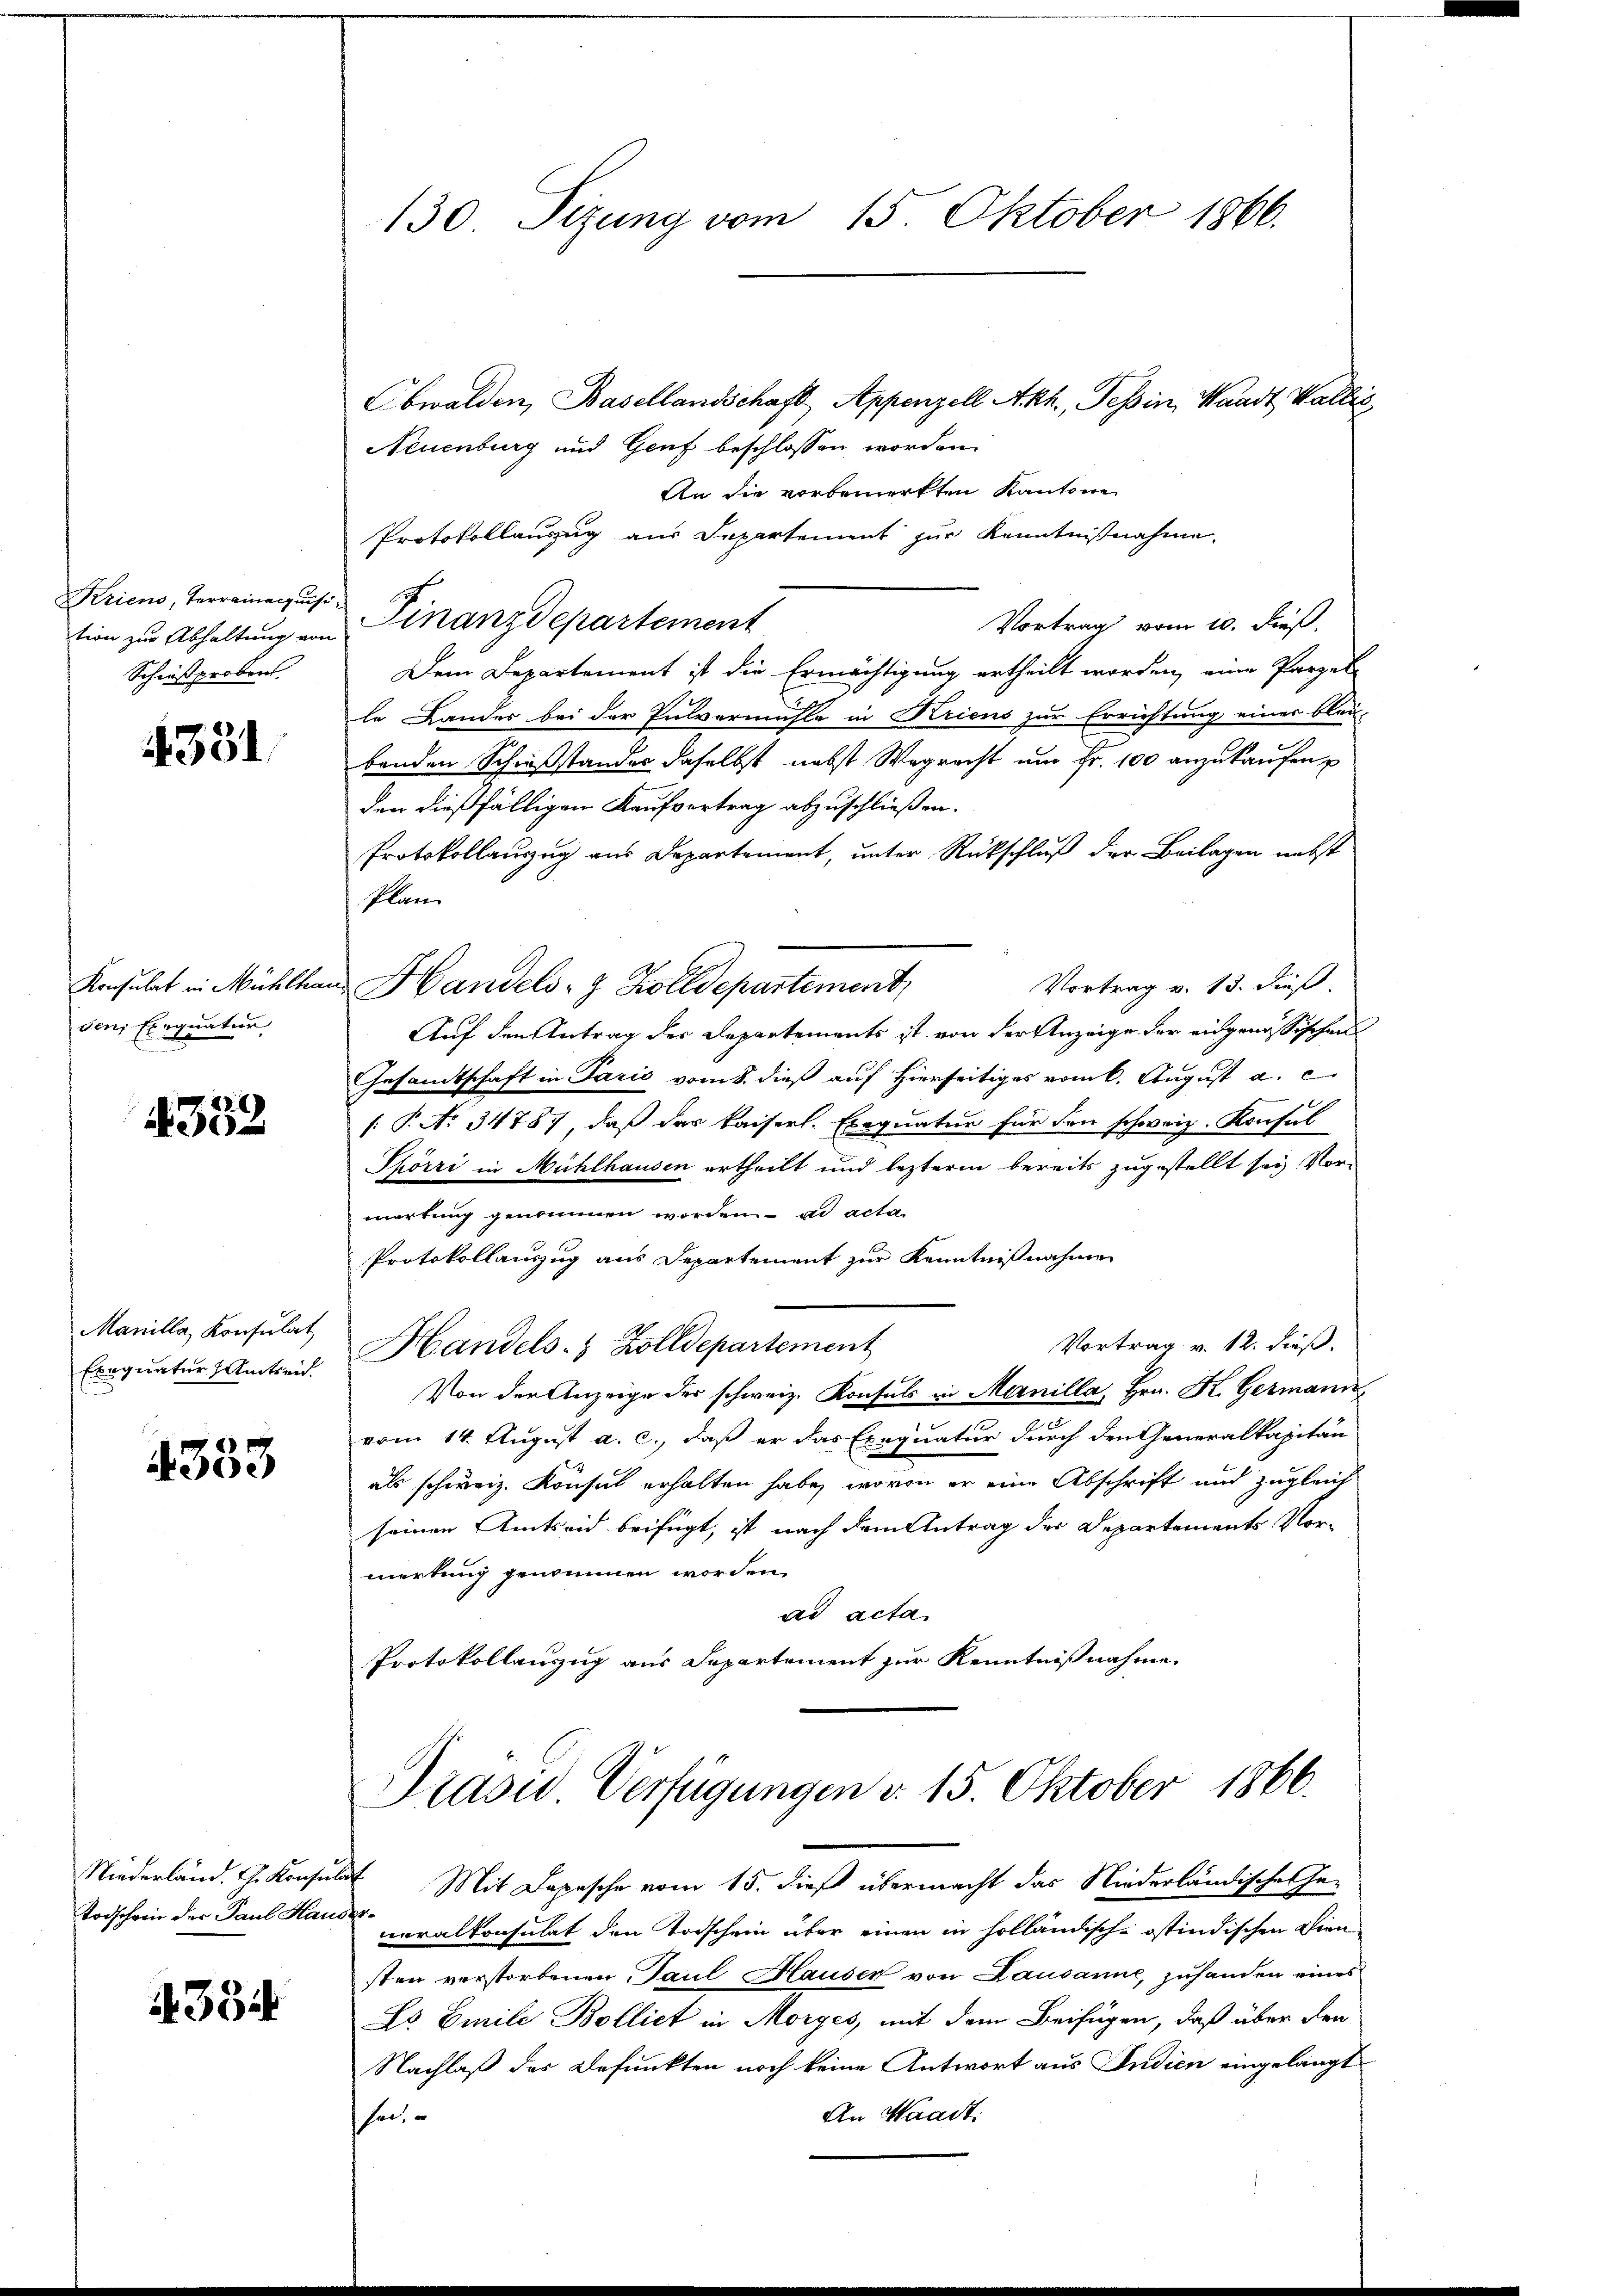
Kriens, Terrainacquisi¬
Schießprobens

331

Konsulat in Mühlha
den Exequatur,

4352

Manilla, Konsulat
Exequatur Amtseid.

4333

Todschein der Paul Hauser¬

4384

130 Sizung vom 15. Oktober 1866.

Obwalden, Basellandschaft, Appenzell Akh., Tessin, Waadt, Wallis,
Neuenburg und Genf beschlossen worden.
An die vorbemerkten Kantone
Protokollauszug aus Departement zur Kenntnißnahme.
Vortrag vom 10. dieß,
Dem Departement ist die Ermächtigung ertheilt worden, eine Parzel
le Landes bei der Pulvermühle in Kriens zur Errichtung einer blei-
benden Schießstandes daselbst nebst Wegrecht um Fr. 100 anzukaufen
den dießfälligen Kaufvertrag abzuschließen.
Protokollauszug aus Departement, unter Rückschluß der Beilagen nebst
Plan
Vortrag v. 13. dieß.
u Handels- & Zolldepartement,
Auf den Antrag des Departements ist von der Anzeige der eidgenössischen
Gesandtschaft in Parić vom 8. dieß auf Hierseitiges vom 6. August a. c.
 P. No 34787, daß der kaiserl. Exequatur für den schweiz. Konsul
Thörri in Mühlhausen ertheilt und lezterm bereits zugestellt sey Vor-
wartung genommen worden ad acta
Protokollauszug aus Departement zur Kenntnißnahme
Vortrag v. 12. dieß.
Handels- & Zolldepartement
Von der Anzeige der schweiz. Konsuls in Manilla, Hrn. K. Germann
vom 14. August a. c., daß er das Exequatur durch den Generalkapitän
als schweiz. Konsul erhalten habe, wovon er eine Abschrift und zugleich
seinen Amtseid beifügt, ist nach dem Antrag der Departements Vormerkung genommen worden.
ad acta
Protokollanzug aus Departement zur Kenntnißnahme

tion zu Abhaltung von Finanzdepartement

Präsid Verfügungen v. 15. Oktober 1866.

Niederland. G. Konsulat Mit Depesche vom 15. dieß übermacht das Niederländische Ge-
ceralkonsulat den Todschein über einen in holländisch-östindischen Diensten verstorbenen Paul Hauser von Lausanne, zuhanden eines
Es Emile Bolliet in Morges, mit dem Beifügen, daß über den
Nachlaß des Befunkten noch keine Antwort aus Indien eingelangt
An Waadt.
he